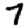
Digit: 7